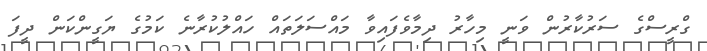
ގްރީސްގެ ސަރުކާރުން ވަނީ މިހާރު ދިމާވެފައިވާ މައްސަލަތައް ހައްލުކުރާނެ ކަމުގެ ޔަގީންކަން ދީފަ